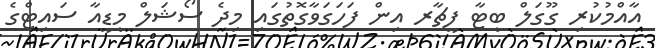
އާއްމުކުރި ގޫގަލް ބީޓާ ފީޗާރ އިން ފަހަގަވާގޮތުގައި މިދެ ސޯޝަލް މީޑީއާ ސައިޓްގެ